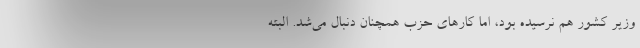
وزیر کشور هم نرسیده بود، اما کارهای حزب همچنان دنبال می‌شد. البته